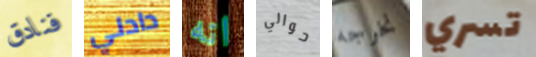
فنادق دادلي انه حوالي نخرجه تسري